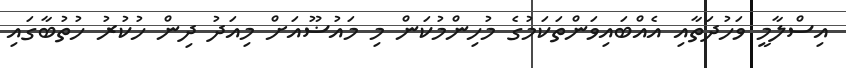
އިސްލާމީ ވަހުދަތާއި އެއްބައިވަންތަކަމުގެ މުހިންމުކަން މި މައުޟޫއަށް މިއަދު ދިން ހުކުރު ހުތުބާގައި